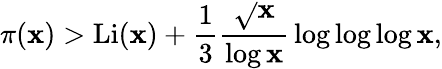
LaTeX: \pi(\mathbf{x})>\operatorname{Li}(\mathbf{x})+{\frac{{1}}{{3}}}{\frac{{\sqrt{}{{\mathbf{x}}}}}{{\log\mathbf{x}}}}\log\log\log\mathbf{x},